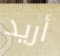
أريد